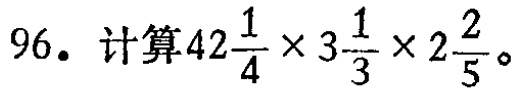
96. 计算\(42\frac{1}{4} \times 3\frac{1}{3} \times 2\frac{2}{5}\)。